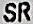
SR